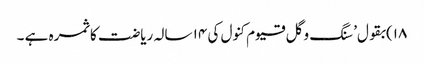
۱۸)بقول’ سنگ و گل قیوم کنول کی ۱۴ سالہ ریاضت کا ثمرہ ہے ۔